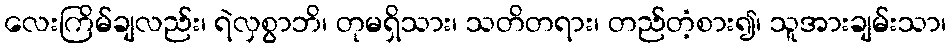
လေးကြိမ်ချလည်း၊ ရဲလှစွာဘိ၊ တုမရှိသား၊ သတိတရား၊ တည်တံ့စား၍၊ သူအားချမ်းသာ၊